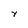
Character: Y